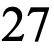
27